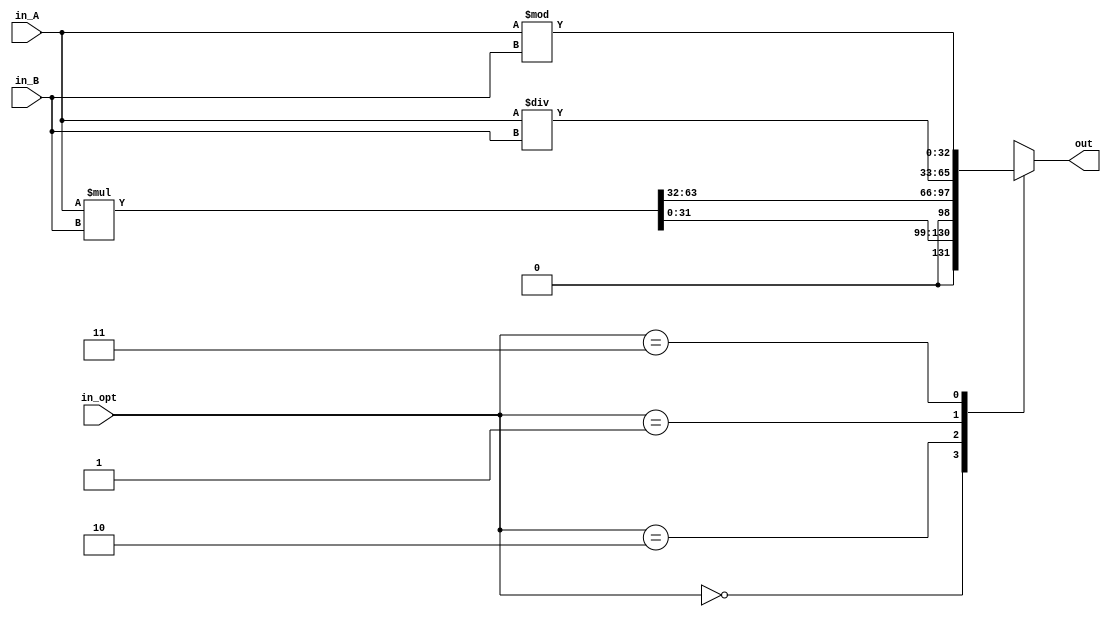
`timescale 1ns/1ps
//code part taken from Vadim Kharchuk
module mul_div #(parameter WIDTH = 32) (
input  [WIDTH-1:0] in_A, in_B,
input  [1:0] in_opt, 
output reg [WIDTH:0] out); 

wire [WIDTH*2-1:0] mulO;
wire [WIDTH:0] divO, res;
assign mulO = in_A * in_B;
assign divO = in_A / in_B;
assign res = in_A % in_B;

always @(*) begin
	casez(in_opt)
		2'b00: out = mulO[WIDTH-1:0];
		2'b10: out = mulO[WIDTH*2-1:WIDTH];
		2'b01: out = divO;
		2'b11: out = res;
		default: out ={WIDTH{1'bz}};
	endcase
end
endmodule